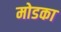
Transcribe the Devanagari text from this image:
मोडका